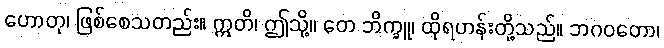
ဟောတု၊ ဖြစ်စေသတည်း။ ဣတိ၊ ဤသို့။ တေ ဘိက္ခူ၊ ထိုရဟန်းတို့သည်။ ဘဂဝတော၊